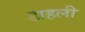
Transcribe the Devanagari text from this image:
डाहली